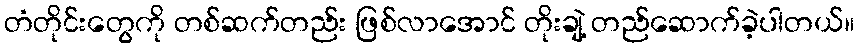
တံတိုင်းတွေကို တစ်ဆက်တည်း ဖြစ်လာအောင် တိုးချဲ့ တည်ဆောက်ခဲ့ပါတယ်။